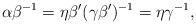
LaTeX: \begin{align*}\alpha\beta^{-1} = \eta\beta' (\gamma\beta')^{-1} = \eta\gamma^{-1},\end{align*}